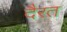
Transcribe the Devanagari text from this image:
दैरत